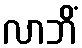
လာဘိံ